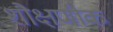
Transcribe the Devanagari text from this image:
शौक्षणीक